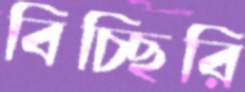
বিচ্ছিরি